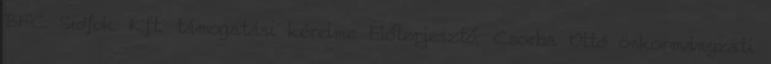
BFC Siófok Kft. támogatási kérelme Előterjesztő: Csorba Ottó önkormányzati